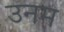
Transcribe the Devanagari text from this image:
उनम